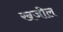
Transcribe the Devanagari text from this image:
खजील